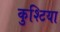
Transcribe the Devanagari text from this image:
कुश्टिया